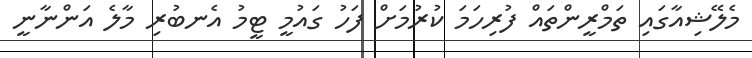
މެލޭޝިއާގައި ތަމްރީންތައް ފުރިހަމަ ކުރުމަށް ފަހު ގައުމީ ޓީމު އެނބުރި މާލެ އަންނާނީ